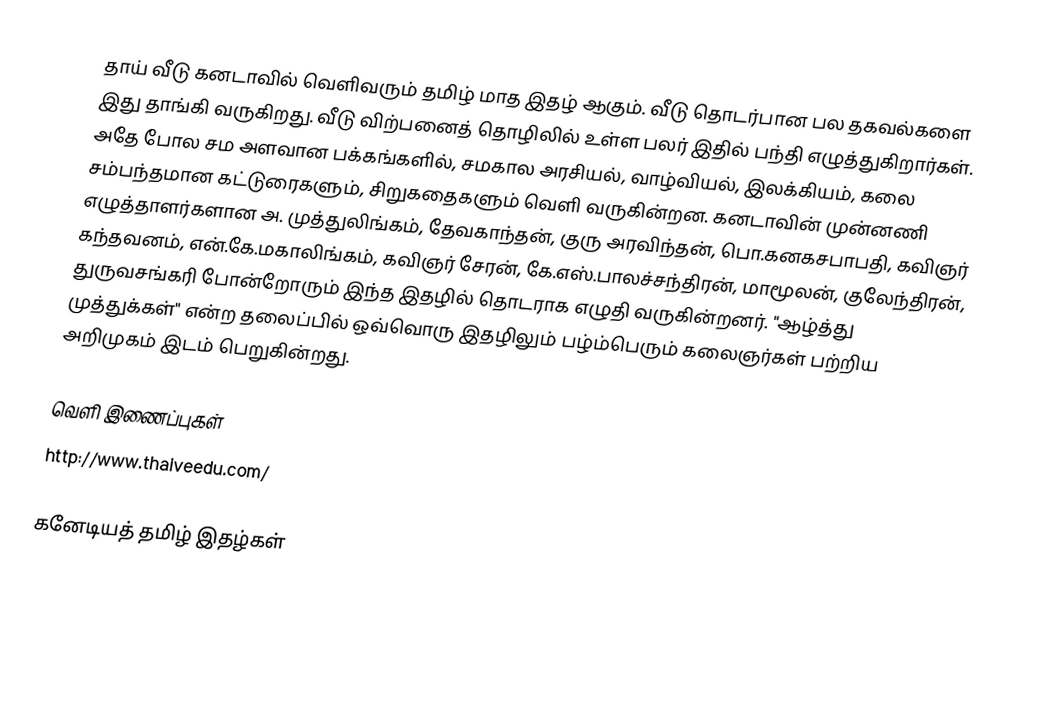
தாய் வீடு கனடாவில் வெளிவரும் தமிழ் மாத இதழ் ஆகும்.  வீடு தொடர்பான பல தகவல்களை இது தாங்கி வருகிறது.  வீடு விற்பனைத் தொழிலில் உள்ள பலர் இதில் பந்தி எழுத்துகிறார்கள். அதே போல சம அளவான பக்கங்களில், சமகால அரசியல், வாழ்வியல், இலக்கியம், கலை சம்பந்தமான கட்டுரைகளும், சிறுகதைகளும் வெளி வருகின்றன. கனடாவின் முன்னணி எழுத்தாளர்களான அ. முத்துலிங்கம், தேவகாந்தன், குரு அரவிந்தன், பொ.கனகசபாபதி, கவிஞர் கந்தவனம், என்.கே.மகாலிங்கம், கவிஞர் சேரன், கே.எஸ்.பாலச்சந்திரன், மாமூலன், குலேந்திரன், துருவசங்கரி போன்றோரும் இந்த இதழில் தொடராக எழுதி வருகின்றனர்.  "ஆழ்த்து முத்துக்கள்" என்ற தலைப்பில் ஒவ்வொரு இதழிலும் பழ்ம்பெரும் கலைஞர்கள் பற்றிய அறிமுகம் இடம் பெறுகின்றது.

வெளி இணைப்புகள்
 http://www.thaiveedu.com/

கனேடியத் தமிழ் இதழ்கள்